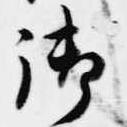
御